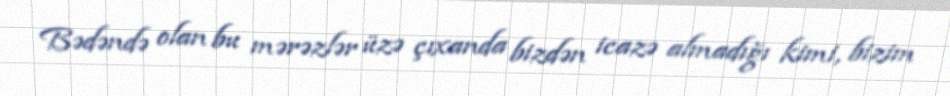
Bədəndə olan bu mərəzlər üzə çıxanda bizdən icazə almadığı kimi, bizim